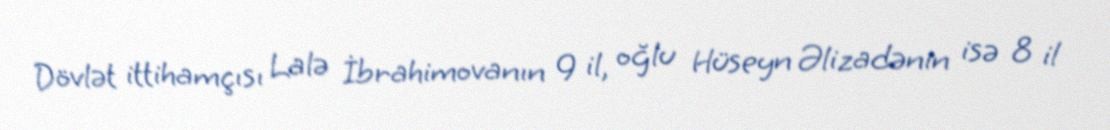
Dövlət ittihamçısı Lalə İbrahimovanın 9 il, oğlu Hüseyn Əlizadənin isə 8 il